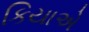
કિયાએ